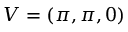
V = ( \pi , \pi , 0 )